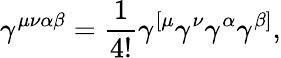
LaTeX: \gamma^{\mu\nu\alpha\beta}=\frac{1}{4!}\gamma^{[\mu}\gamma^{\nu}\gamma^{\alpha}\gamma^{\beta]},